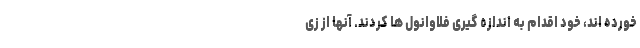
خورده اند، خود اقدام به اندازه گیری فلاوانول ها کردند. آنها از زی